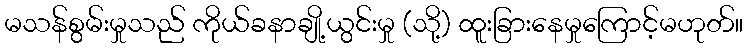
မသန်စွမ်းမှုသည် ကိုယ်ခနာချို့ယွင်းမှု (သို့) ထူးခြားနေမှုကြောင့်မဟုတ်။